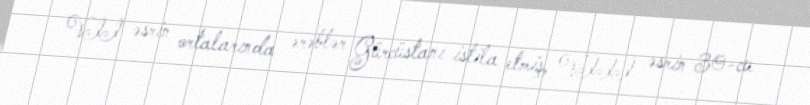
VII əsrin ortalarında ərəblər Gürcüstanı istila etmiş, VIII əsrin 30-cu